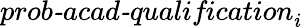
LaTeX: \textit{prob-acad-qualification}_{i}